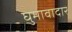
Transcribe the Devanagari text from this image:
घुमावादार